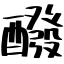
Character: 醱